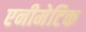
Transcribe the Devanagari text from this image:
एनीमेटिक